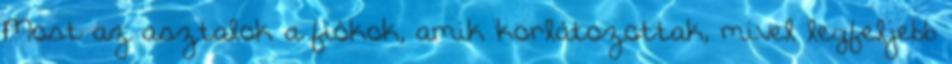
Most az asztalok a fiókok, amik korlátozottak, mivel legfeljebb